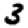
Digit: 3